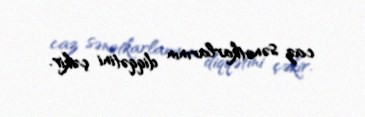
caz sənətkarlarının diqqətini çəkir.